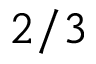
2 / 3